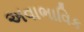
અવાભાવિક